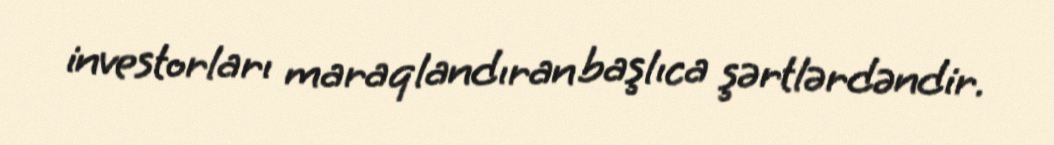
investorları maraqlandıran başlıca şərtlərdəndir.